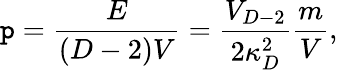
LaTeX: \mathtt{p}={\frac{{E}}{{(D-2)V}}}={\frac{{V_{D-2}}}{{2\kappa_{D}^{2}}}}{\frac{{m}}{{V}}},